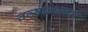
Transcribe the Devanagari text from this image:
तत्साक्षात्कार